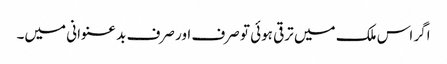
اگر اس ملک میں ترقی ہوئی تو صرف اور صرف بد عنوانی میں۔